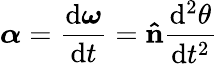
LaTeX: {\boldsymbol{\alpha}}={\frac{\mathrm{{d}}{\boldsymbol{\omega}}}{\mathrm{{d}}t}}=\mathbf{\hat{n}}{\frac{\mathrm{{d}}^{2}\theta}{\mathrm{{d}}t^{2}}}